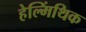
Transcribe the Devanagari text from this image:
हेल्मिंथिक